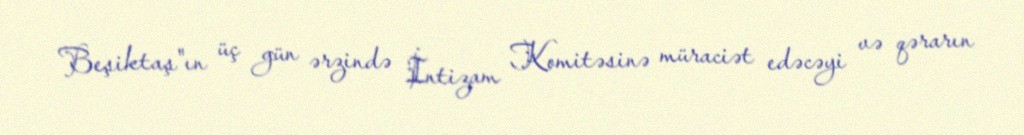
Beşiktaş"ın üç gün ərzində İntizam Komitəsinə müraciət edəcəyi və qərarın